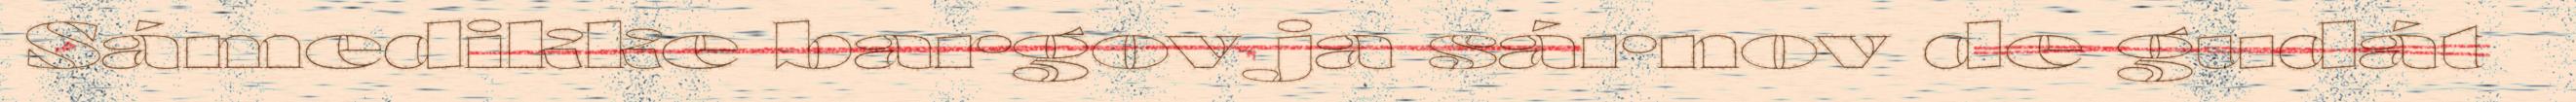
Sámedikke bargov ja sárnov de gudát